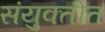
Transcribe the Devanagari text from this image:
संयुक्तीत